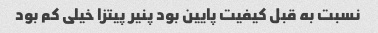
نسبت به قبل کیفیت پایین بود پنیر پیتزا خیلی کم بود